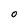
Character: 0